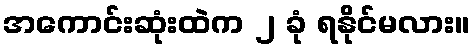
အကောင်းဆုံးထဲက ၂ ခုံ ရနိုင်မလား။